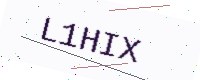
Text: L1HIX